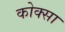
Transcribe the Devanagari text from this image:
कोक्सा